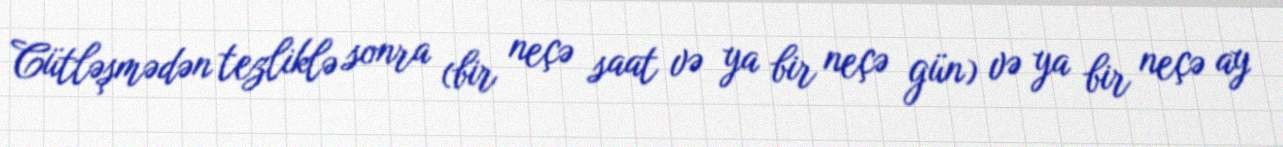
Cütləşmədən tezliklə sonra (bir neçə saat və ya bir neçə gün) və ya bir neçə ay